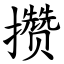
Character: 攒